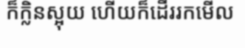
ក៏ក្លិនស្អុយ ហើយក៏ដើររកមើល